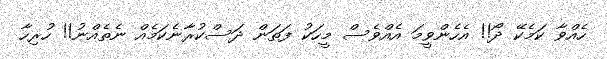
ހެއްވާ ކަމެކޭ ދޯ!! އެހެންވީމަ އެއްވެސް މީހަކު ފަތަން ދަސްކުރާނެކަމެއް ނެތެއްނު!! ހުރިހާ